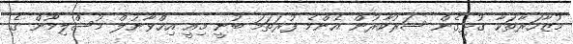
މުޒާހަރާތަކާ ގުޅިގެން ސަރުކާރުން އެންމެ ފުރަތަމަ ބުނީ މިއީ އިޚްވާނުލް މުސްލިމޫން ގެ